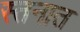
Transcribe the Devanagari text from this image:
स्तनात